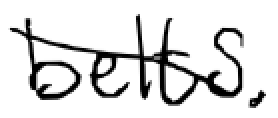
Text: belts.
Cross-out: diagonal
Writing tool: digital_black